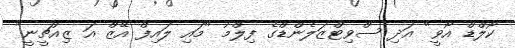
ކޯލްޑް އޯވީ" އަދި ސްވިޓްޒަލެންޑްގެ ފިލްމު "މައި ލައިފް އޭޒް އަ ޒިއުޗީނީ"